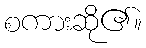
စကားဆို၏။